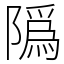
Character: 䧦